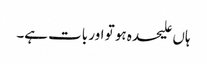
ہاں علیحدہ ہو تو اور بات ہے۔